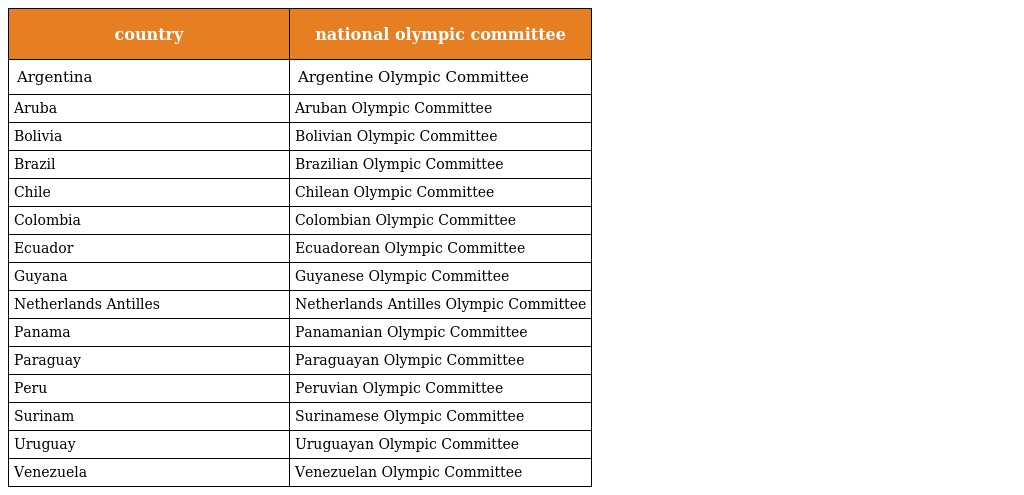
| country | national olympic committee |
 | --- | --- |
 | Argentina | Argentine Olympic Committee |
 | Aruba | Aruban Olympic Committee |
 | Bolivia | Bolivian Olympic Committee |
 | Brazil | Brazilian Olympic Committee |
 | Chile | Chilean Olympic Committee |
 | Colombia | Colombian Olympic Committee |
 | Ecuador | Ecuadorean Olympic Committee |
 | Guyana | Guyanese Olympic Committee |
 | Netherlands Antilles | Netherlands Antilles Olympic Committee |
 | Panama | Panamanian Olympic Committee |
 | Paraguay | Paraguayan Olympic Committee |
 | Peru | Peruvian Olympic Committee |
 | Surinam | Surinamese Olympic Committee |
 | Uruguay | Uruguayan Olympic Committee |
 | Venezuela | Venezuelan Olympic Committee |